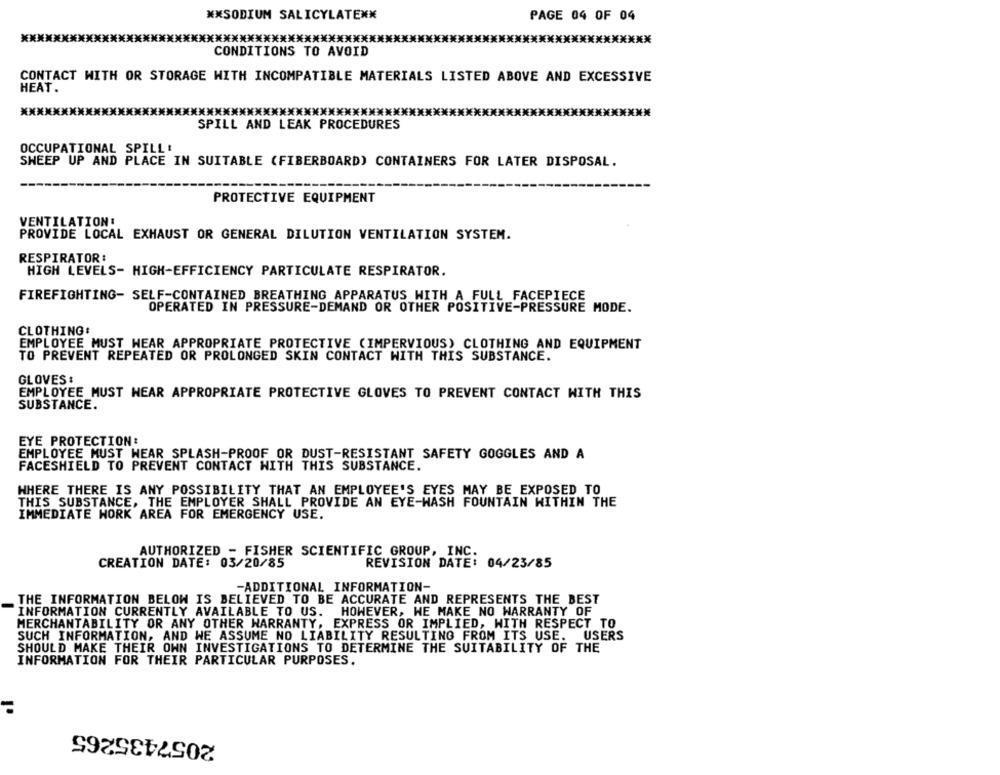
** SODIUM SALICYLATENN
PAGE 04 OF 04
************************
***************************
CONDITIONS TO AVOID
CONTACT WITH OR STORAGE WITH INCOMPATIBLE MATERIALS LISTED ABOVE AND EXCESSIVE
HEAT .
*** XXX
SPILL AND LEAK PROCEDURES
OCCUPATIONAL SPILLE
SHEEP UP AND PLACE IN SUITABLE (FIBERBOARD) CONTAINERS FOR LATER DISPOSAL.
PROTECTIVE EQUIPMENT
VENTILATION:
PROVIDE LOCAL EXHAUST OR GENERAL DILUTION VENTILATION SYSTEM.
RESPIRATOR:
HIGH LEVELS- HIGH-EFFICIENCY PARTICULATE RESPIRATOR.
FIREFIGHTING- SELF-CONTAINED BREATHING APPARATUS WITH A FULL FACEPIECE
OPERATED IN PRESSURE-DEMAND OR OTHER POSITIVE-PRESSURE MODE.
CLOTHING:
EMPLOYEE MUST WEAR APPROPRIATE PROTECTIVE (IMPERVIOUS) CLOTHING AND EQUIPMENT
TO PREVENT REPEATED OR PROLONGED SKIN CONTACT WITH THIS SUBSTANCE.
GLOVES :
EMPLOYEE MUST NEAR APPROPRIATE PROTECTIVE GLOVES TO PREVENT CONTACT WITH THIS
SUBSTANCE.
EYE PROTECTION:
EMPLOYEE MUST WEAR SPLASH-PROOF OR DUST-RESISTANT SAFETY GOGGLES AND A
FACESHIELD TO PREVENT CONTACT WITH THIS SUBSTANCE.
WHERE THERE IS ANY POSSIBILITY THAT AN EMPLOYEE'S EYES MAY BE EXPOSED TO
THIS SUBSTANCE, THE EMPLOYER SHALL PROVIDE AN EYE-WASH FOUNTAIN WITHIN THE
IMMEDIATE WORK AREA FOR EMERGENCY USE.
AUTHORIZED - FISHER SCIENTIFIC GROUP, INC.
CREATION DATE: 03/20/85
REVISION DATE: 04/23/85
-ADDITIONAL INFORMATION-
THE INFORMATION BELOW IS BELIEVED TO BE ACCURATE AND REPRESENTS THE BEST
INFORMATION CURRENTLY AVAILABLE TO US.
HOWEVER, WE MAKE NO WARRANTY OF
MERCHANTABILITY OR ANY OTHER WARRANTY, EXPRESS OR IMPLIED, WITH RESPECT TO
SUCH INFORMATION, AND WE ASSUME NO LIABILITY RESULTING FROM ITS USE.
USERS
SHOULD MAKE THEIR OWN INVESTIGATIONS TO DETERMINE THE SUITABILITY OF THE
INFORMATION FOR THEIR PARTICULAR PURPOSES.
2057435265